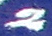
2